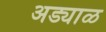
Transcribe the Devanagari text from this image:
अड्याळ